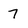
Character: 7